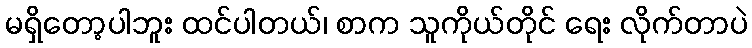
မရှိတော့ပါဘူး ထင်ပါတယ်၊ စာက သူကိုယ်တိုင် ရေး လိုက်တာပဲ